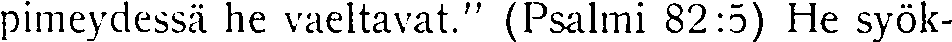
pimeydessä he vaeltavat.'' (Psalmi 82:5) He syök-